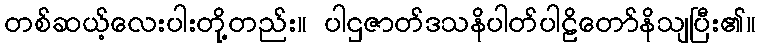
တစ်ဆယ့်လေးပါးတို့တည်း။ ပါဌဇာတ်ဒသနိပါတ်ပါဠိတော်နိသျပြီး၏။